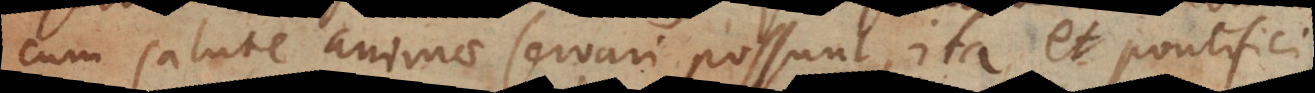
cum salute servari possunt, ita et pontifici